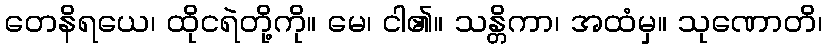
တေနိရယေ၊ ထိုငရဲတို့ကို။ မေ၊ ငါ၏။ သန္တိကာ၊ အထံမှ။ သုဏောတိ၊